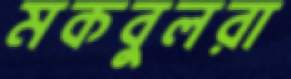
মকবুলরা